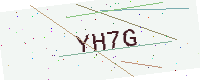
Text: YH7G